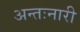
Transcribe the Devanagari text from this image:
अन्तःनारी